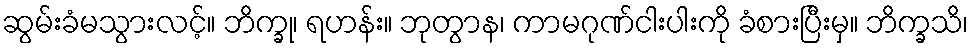
ဆွမ်းခံမသွားလင့်။ ဘိက္ခု၊ ရဟန်း။ ဘုတွာန၊ ကာမဂုဏ်ငါးပါးကို ခံစားပြီးမှ။ ဘိက္ခသိ၊